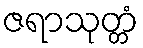
ဇရာသုတ္တံ